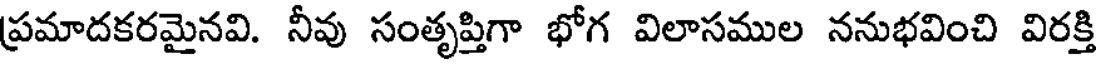
ప్రమాదకరమైనవి. నీవు సంతృప్తిగా భోగ విలాసముల ననుభవించి విరక్తి